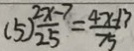
( 5 ) \frac { 2 x - 7 } { 2 5 } = \frac { 4 x - 1 7 } { 7 5 }